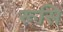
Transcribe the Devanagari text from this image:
रूसि